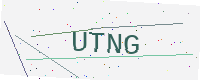
Text: UTNG